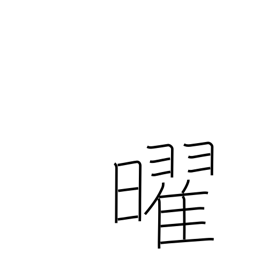
Meaning: weekday